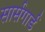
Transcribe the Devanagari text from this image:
सार्सगार्ड